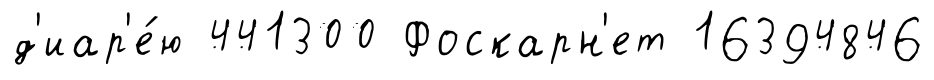
д'иар'е́ю 441300 Фоскарн'ет 16394846